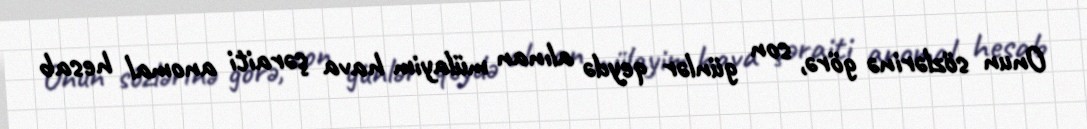
Onun sözlərinə görə, son günlər qeydə alınan mülayim hava şəraiti anomal hesab